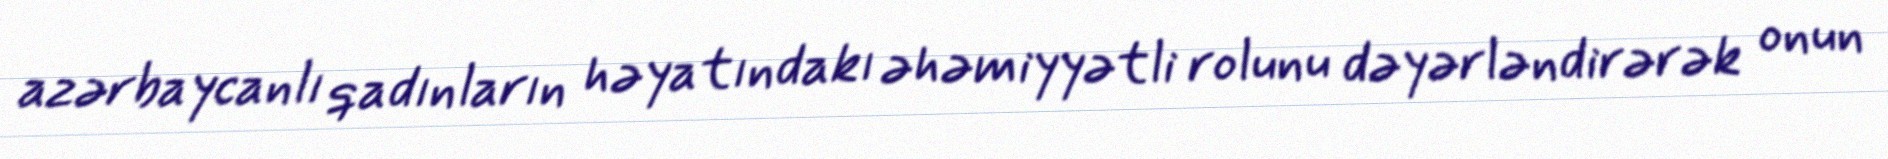
azərbaycanlı qadınların həyatındakı əhəmiyyətli rolunu dəyərləndirərək onun